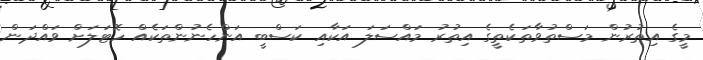
މީގެ އިތުރުން މަސްތުވާތަކެތީގެ އިތުރު މައްސަލަ އަކާއި ކަސްބީ އަންހެނުންތަކެއް ހޮޓަލަށް ވައްދަން